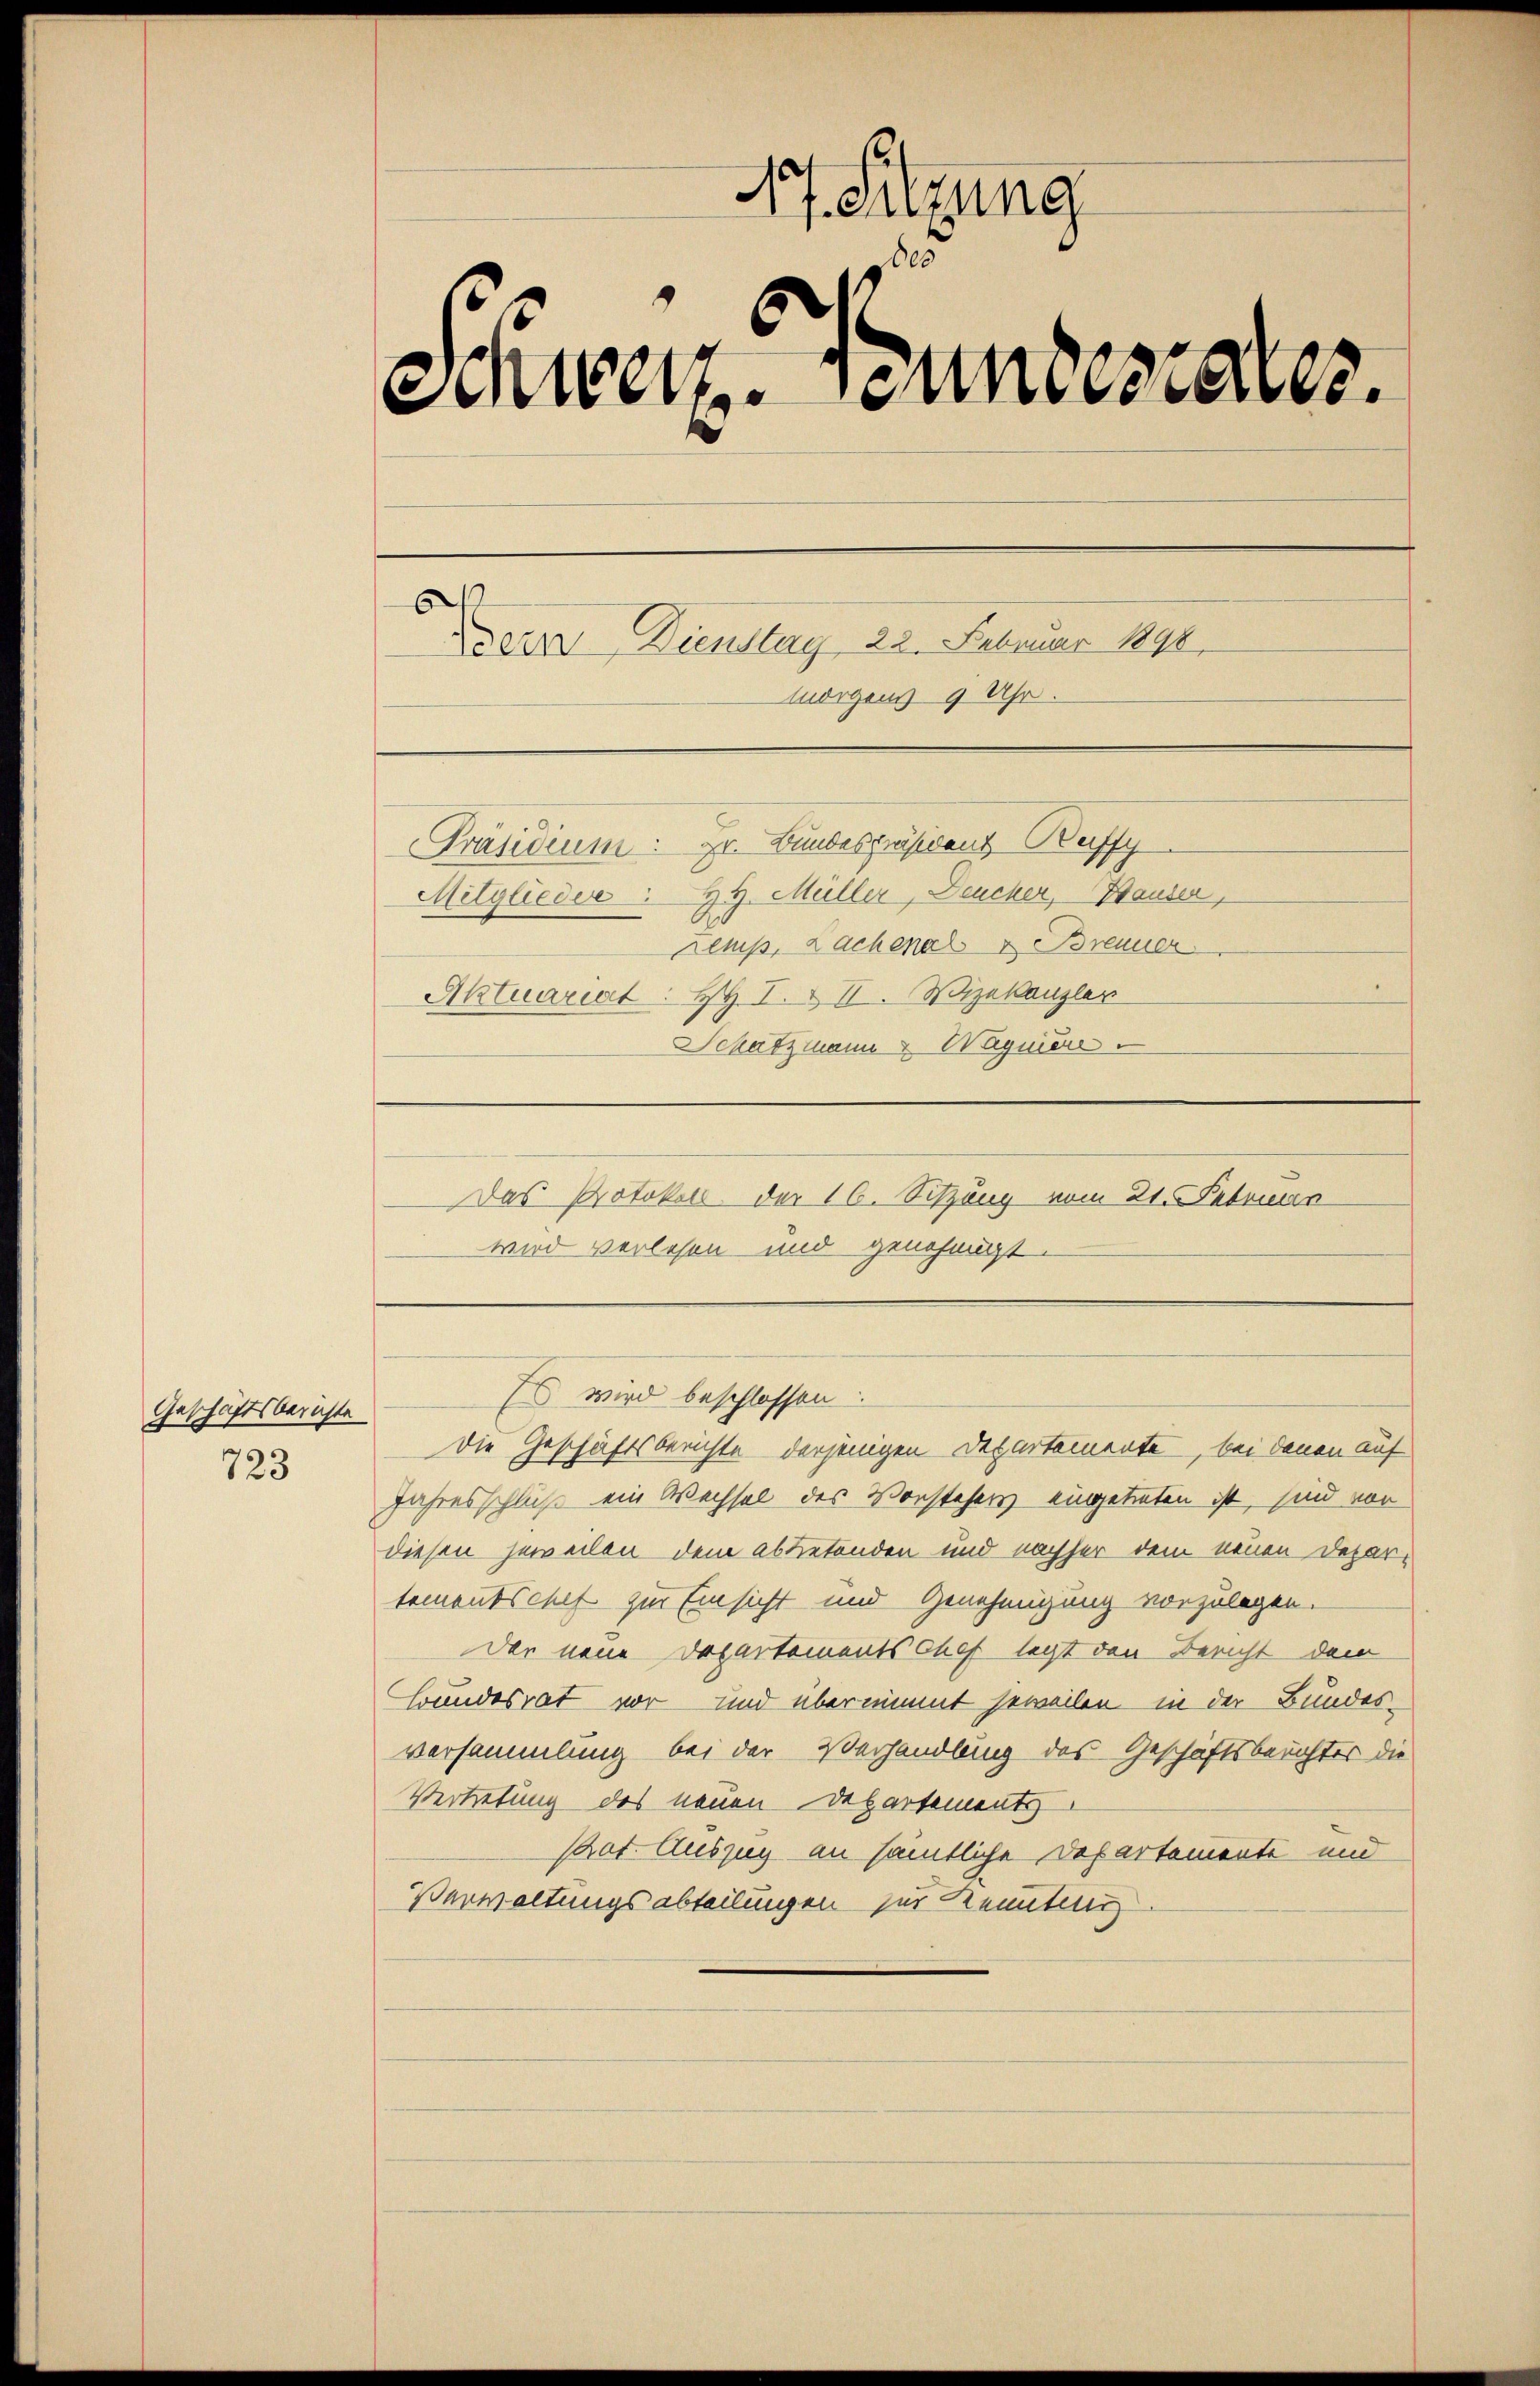
Geschäftsberichte
723

17. Sitzung
00
Schweiz. Bundesrates.
Denn Dienstag 22. Februar 1890
luorgens 9 Uhr.
Präsidium: Hr. Bundespräsidens Buffy
H. H. Müller, Deucher, Hauser,
Mitglieder
Lemp, Lachenal u Brenner
Aktuariat: HH. I. & II. Wizekanzler
Schatzmann & Wagnier

wird verlesen und genehmigt.

Das Protokoll der 16. Sitzung vom 21. Februar

Die Geschäftsberichte derjenigen Departemente, bei denen auf
Jahresschluß ein Wechsel des Vorstehers eingetreten ist, sind vor
diesen jeweilen dem abbetenden und nachher dem neuen Departementschef zur Einsicht und Genehmigung vorzulegen.
der neue Departements Chef legt den Bericht dem
Bundesrat vor und übernimmt jeweilen in der Bundesversammlung bei der Verhandlung des Geschäftsberichter die
Vertretung des neuen Departements
Phat. Auszug an sämtliche Departemente und
Verwaltungsabteilungen zur Kennten

Es wird beschlossen: